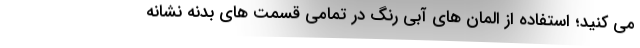
می کنید؛ استفاده از المان های آبی رنگ در تمامی قسمت های بدنه نشانه